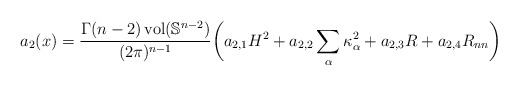
\begin{align*} a_2(x)=\frac{\Gamma(n-2)\operatorname{vol}(\mathbb{S}^{n-2})}{(2\pi)^{n-1}} \bigg( a_{2,1}H^2+a_{2,2}\sum_{\alpha} \kappa_\alpha^2+ a_{2,3}R+a_{2,4}R_{nn} \bigg) \end{align*}